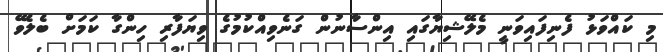
މި ކައްވަޅު ފެނިފައިވަނީ މެލޭޝިޔާގައި އިންސާނުން ގަނެވިއްކުމުގެ ވިޔަފާރި ހިންގާ ކަމަށް ބެލެވޭ